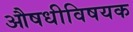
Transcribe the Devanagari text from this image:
औषधीविषयक